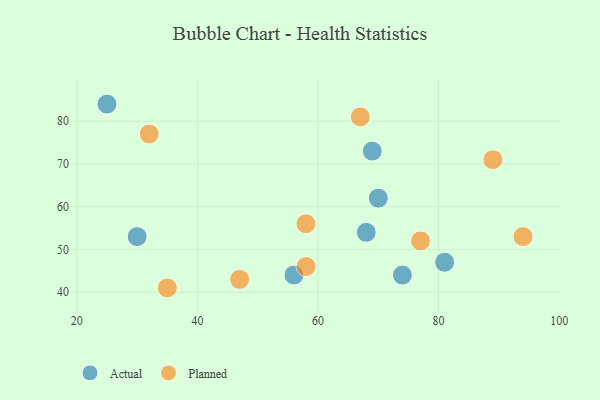
{"axis": {"x": "GDP", "y": "Life Expectancy"}, "legend": ["Actual", "Planned"], "data": [{"x": "68", "y": 54, "type": "Actual"}, {"x": "69", "y": 73, "type": "Actual"}, {"x": "81", "y": 47, "type": "Actual"}, {"x": "30", "y": 53, "type": "Actual"}, {"x": "56", "y": 44, "type": "Actual"}, {"x": "25", "y": 84, "type": "Actual"}, {"x": "74", "y": 44, "type": "Actual"}, {"x": "70", "y": 62, "type": "Actual"}, {"x": "67", "y": 81, "type": "Planned"}, {"x": "35", "y": 41, "type": "Planned"}, {"x": "94", "y": 53, "type": "Planned"}, {"x": "47", "y": 43, "type": "Planned"}, {"x": "77", "y": 52, "type": "Planned"}, {"x": "58", "y": 46, "type": "Planned"}, {"x": "58", "y": 56, "type": "Planned"}, {"x": "89", "y": 71, "type": "Planned"}, {"x": "32", "y": 77, "type": "Planned"}]}